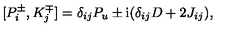
{ } [ P _ { i } ^ { \pm } , K _ { j } ^ { \mp } ] = \delta _ { i j } P _ { u } \pm \mathrm { i } ( \delta _ { i j } D + 2 J _ { i j } ) ,